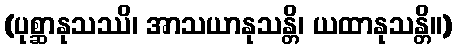
(ပုစ္ဆာနုသဿိ၊ အာသယာနုသန္တိ၊ ယထာနုသန္တိ။)